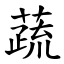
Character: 蔬